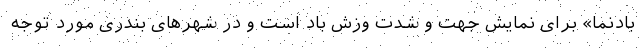
بادنما» برای نمایش جهت و شدت وزش باد است و در شهرهای بندری مورد توجه